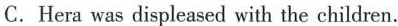
C. Hera was displeased with the children.